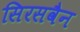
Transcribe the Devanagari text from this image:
सिरसवैन